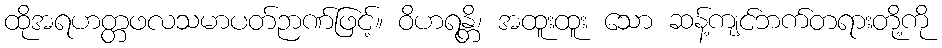
ထိုအရဟတ္တဖလသမာပတ်ဉာဏ်ဖြင့်။ ဝိဟရန္တိ၊ အထူးထူး သော ဆန့်ကျင်ဘက်တရားတို့ကို